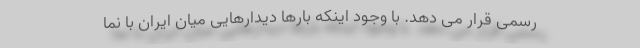
رسمی قرار می دهد. با وجود اینکه بارها دیدارهایی میان ایران با نما